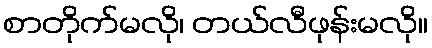
စာတိုက်မလို၊ တယ်လီဖုန်းမလို။